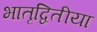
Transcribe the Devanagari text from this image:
भातृद्वितीया